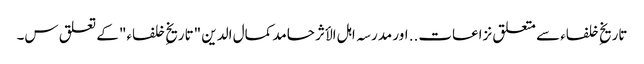
تاریخِ خلفاء سے متعلق نزاعات.. اور مدرسہ اہل الأثر حامد کمال الدین "تاریخِ خلفاء" کے تعلق س۔